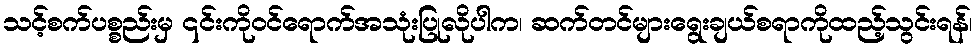
သင့်စက်ပစ္စည်းမှ ၎င်းကိုဝင်ရောက်အသုံးပြုလိုပါက၊ ဆက်တင်များရွေးချယ်စရာကိုထည့်သွင်းရန်၊